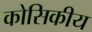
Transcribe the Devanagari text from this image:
कोसिकीय